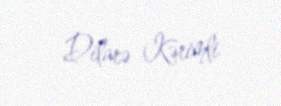
Dilarə Kərimli